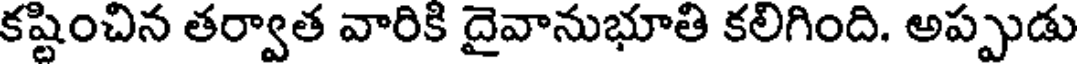
కష్టించిన తర్వాత వారికి దైవానుభూతి కలిగింది. అప్పుడు